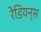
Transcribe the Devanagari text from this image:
रेडियन्स